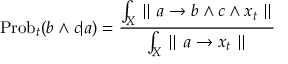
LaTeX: \mathrm { P r o b } _ { t } ( b \wedge c | a ) = { \frac { \int _ { X } \parallel a \rightarrow b \wedge c \wedge x _ { t } \parallel } { \int _ { X } \parallel a \rightarrow x _ { t } \parallel } }